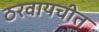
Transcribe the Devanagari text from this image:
ठरवायचीत